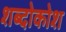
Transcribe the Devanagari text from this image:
शब्दोकोश